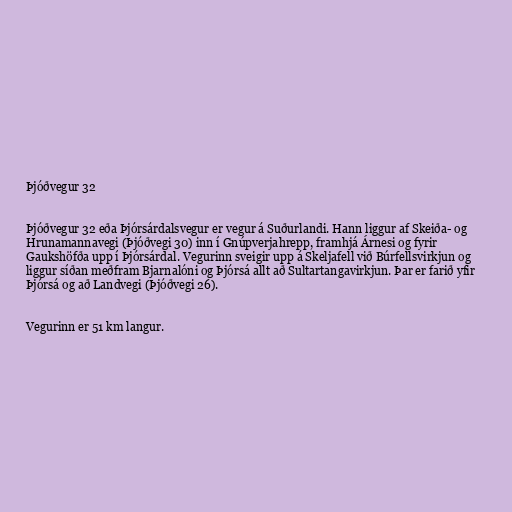
Þjóðvegur 32

Þjóðvegur 32 eða Þjórsárdalsvegur er vegur á Suðurlandi. Hann liggur af Skeiða- og
Hrunamannavegi (Þjóðvegi 30) inn í Gnúpverjahrepp, framhjá Árnesi og fyrir
Gaukshöfða upp í Þjórsárdal. Vegurinn sveigir upp á Skeljafell við Búrfellsvirkjun og
liggur síðan meðfram Bjarnalóni og Þjórsá allt að Sultartangavirkjun. Þar er farið yfir
Þjórsá og að Landvegi (Þjóðvegi 26).

Vegurinn er 51 km langur.